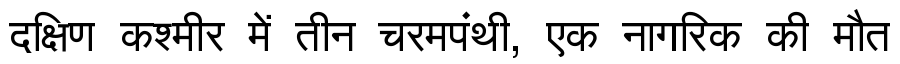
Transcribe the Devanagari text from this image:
दक्षिण कश्मीर में तीन चरमपंथी, एक नागरिक की मौत